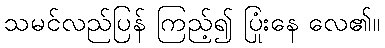
သမင်လည်ပြန် ကြည့်၍ ပြုံးနေ လေ၏။